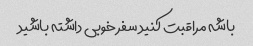
باشه مراقبت کنید سفر خوبی داشته باشید